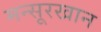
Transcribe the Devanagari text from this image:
मन्सूरखान